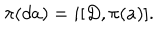
\pi ( d a ) = i [ D , \pi ( a ) ] .